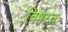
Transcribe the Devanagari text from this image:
विषरत्न